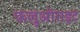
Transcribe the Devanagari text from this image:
फलुओराइट